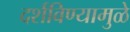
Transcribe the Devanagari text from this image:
दर्शविण्यामुळे